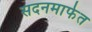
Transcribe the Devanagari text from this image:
सदनमार्फत